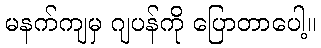
မနက်ကျမှ ဂျပန်ကို ပြောတာပေါ့။